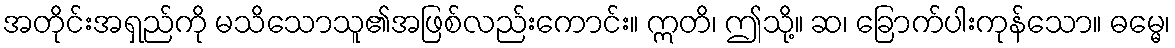
အတိုင်းအရှည်ကို မသိသောသူ၏အဖြစ်လည်းကောင်း။ ဣတိ၊ ဤသို့။ ဆ၊ ခြောက်ပါးကုန်သော။ ဓမ္မေ၊